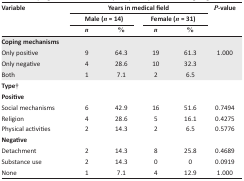
| <ROWSPAN=3> Variable | <COLSPAN=4> Years in medical field | <ROWSPAN=3> P-value |
 | <COLSPAN=2> Male (n = 14) | <COLSPAN=2> Female (n = 31) |
 | n | % | n | % |
 | --- | --- | --- | --- | --- | --- |
 | <COLSPAN=6> Coping mechanisms |
 | Only positive | 9 | 64.3 | 19 | 61.3 | <ROWSPAN=3> 1.000 |
 | Only negative | 4 | 28.6 | 10 | 32.3 |
 | Both | 1 | 7.1 | 2 | 6.5 |
 | <COLSPAN=6> Type† |
 | <COLSPAN=6> Positive |
 | Social mechanisms | 6 | 42.9 | 16 | 51.6 | 0.7494 |
 | Religion | 4 | 28.6 | 5 | 16.1 | 0.4275 |
 | Physical activities | 2 | 14.3 | 2 | 6.5 | 0.5776 |
 | <COLSPAN=6> Negative |
 | Detachment | 2 | 14.3 | 8 | 25.8 | 0.4689 |
 | Substance use | 2 | 14.3 | 0 | 0 | 0.0919 |
 | None | 1 | 7.1 | 4 | 12.9 | 1.000 |